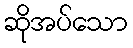
ဆိုအပ်သော